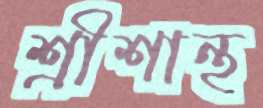
শ্রীশান্থ